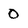
Character: 0